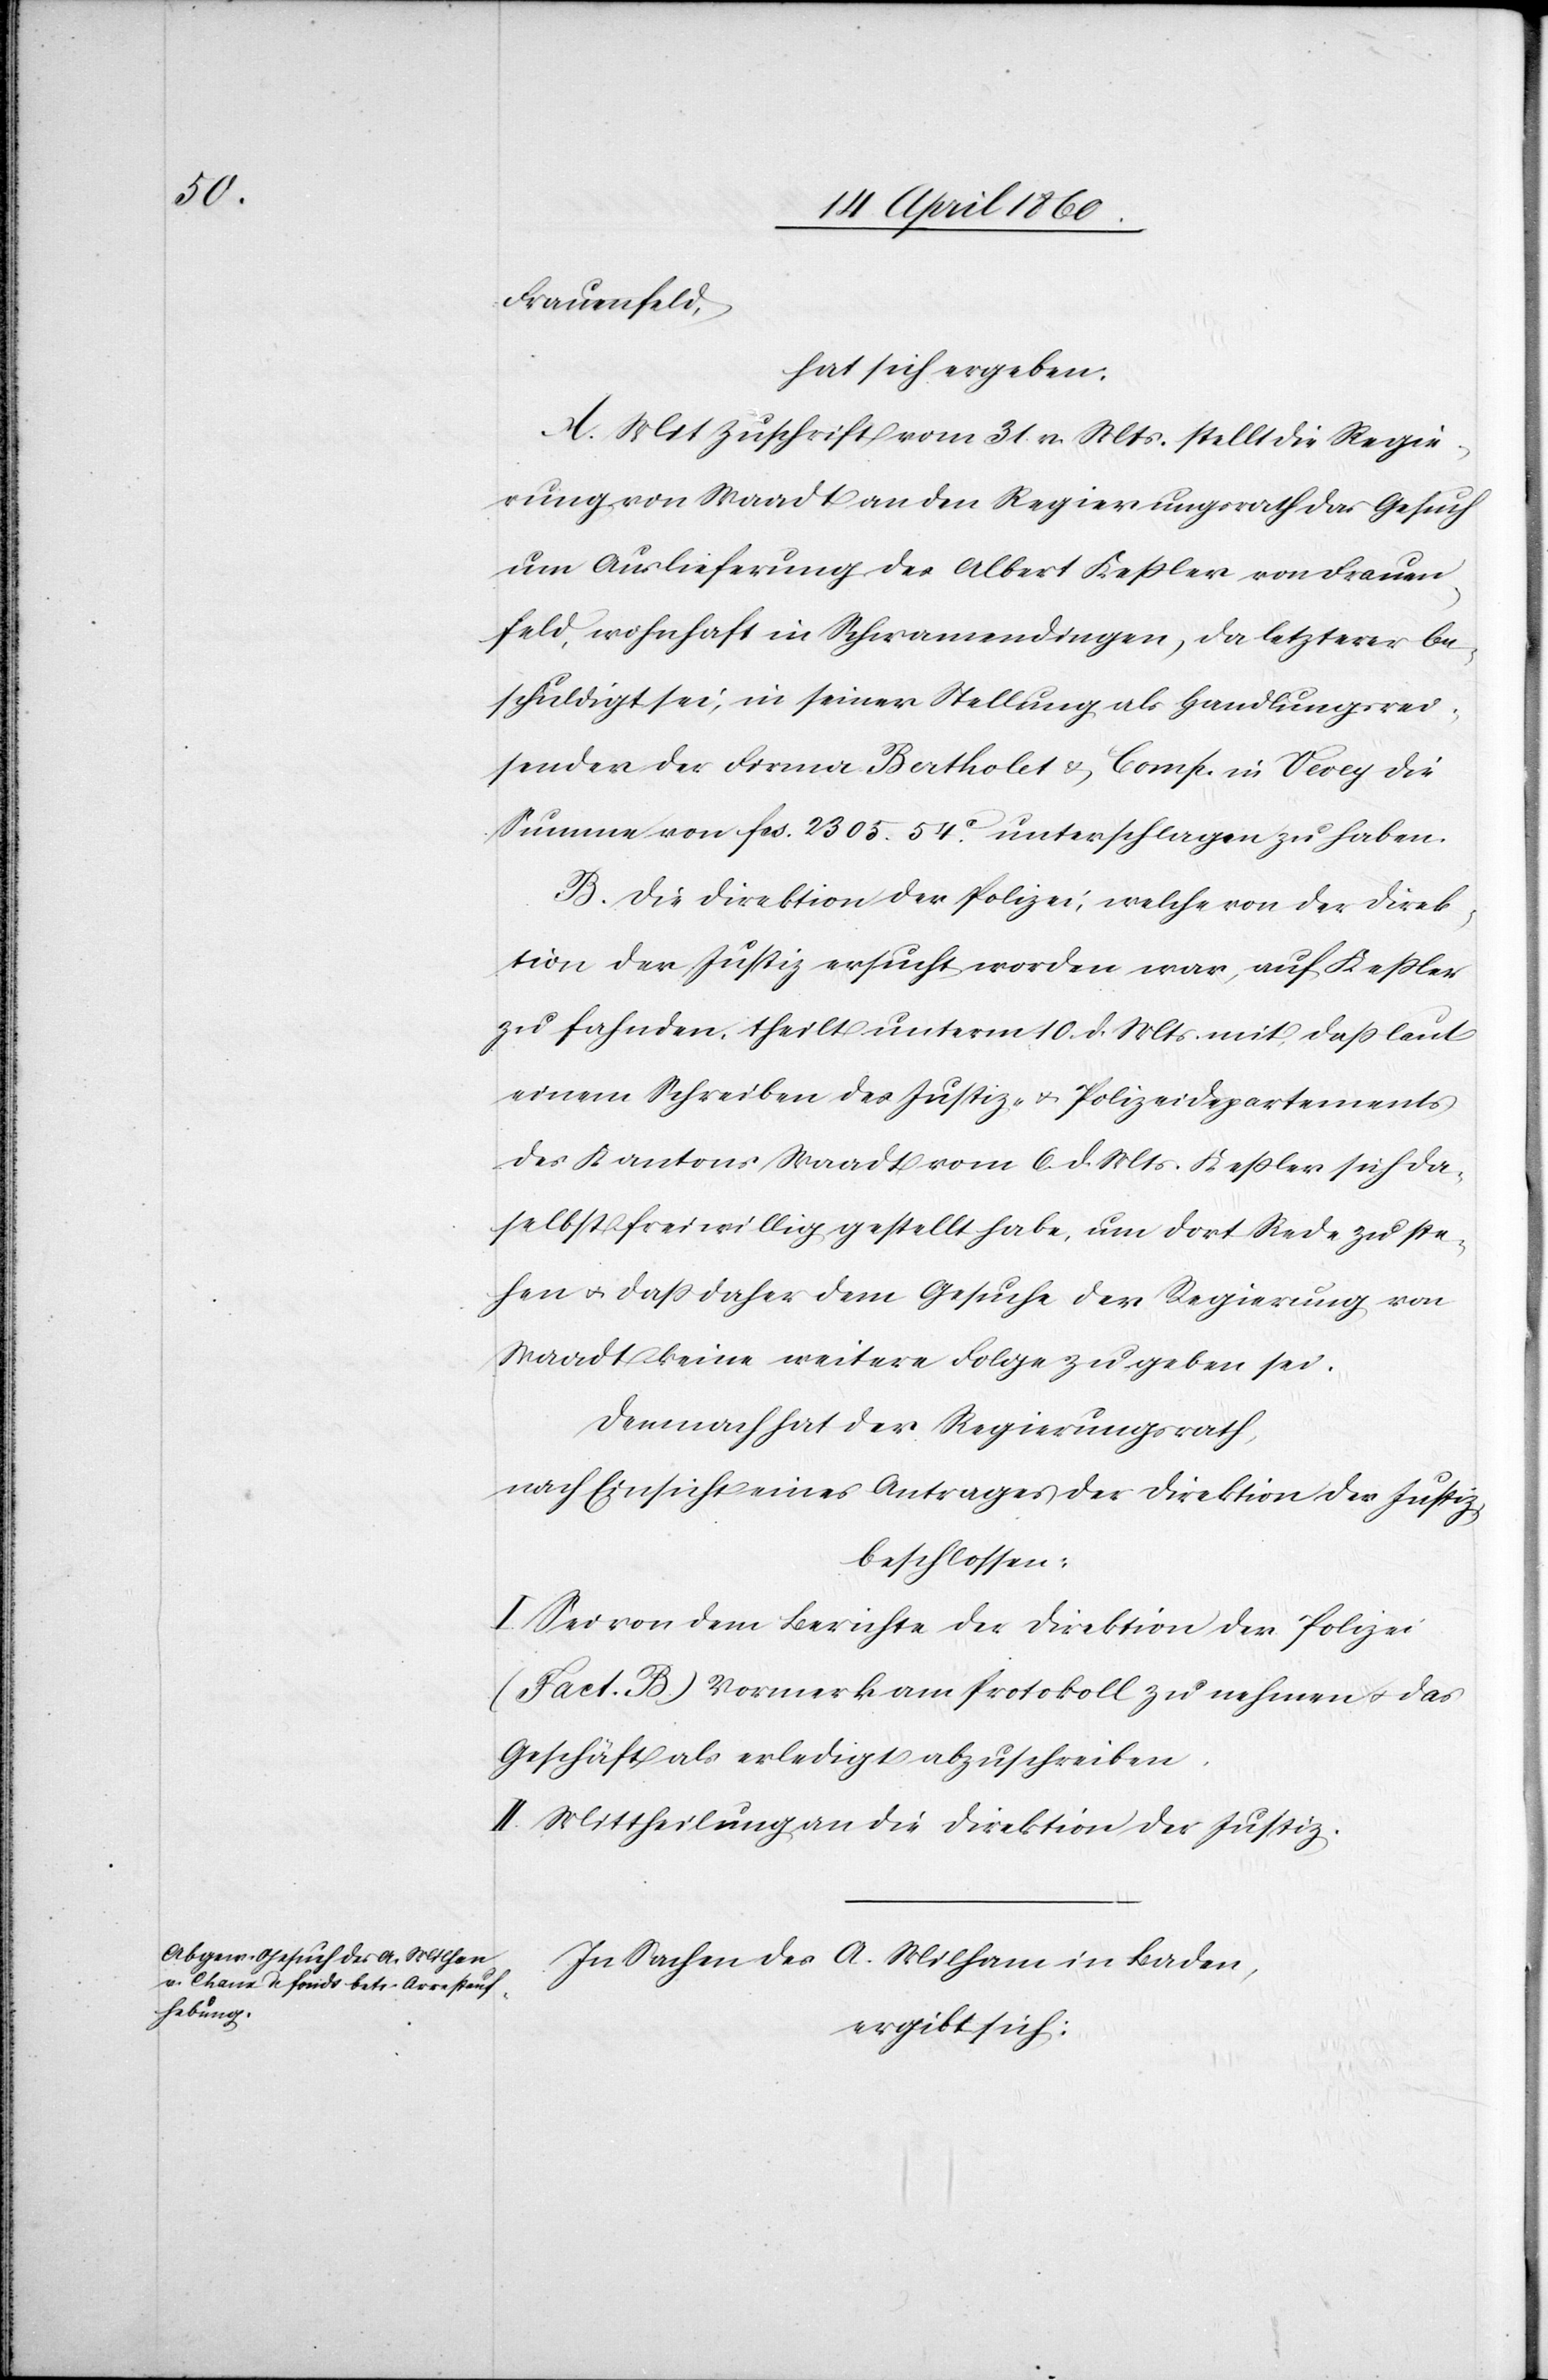
Frauenfeld,
hat sich ergeben:
A. Mit Zuschrift vom 31. v. Mts. stellt die Regie¬
rung von Waadt an den Regierungsrath das Gesuch
um Auslieferung des Albert Kessler von Frauen¬
feld, wohnhaft in Schwamendingen, da letzterer be¬
schuldigt sei, in seiner Stellung als Handlungsrei¬
sender der Firma Berthold u. Comp. in Vevey die
Summe von fcs. 2305. 54C unterschlagen zu haben.
B. Die Direktion der Polizei, welche von der Direk¬
tion der Justiz ersucht worden war, auf Kessler
zu fahnden, theilt unterm 10. d. Mts. mit, dass laut
einem Schreiben des Justiz- u. Polizeidepartements
des Kantons Waadt vom 6. d. Mts. Kessler sich da¬
selbst freiwillig gestellt habe, um dort Rede zu ste¬
hen u. dass daher dem Gesuche der Regierung von
Waadt keine weitere Folge zu geben sei.
Demnach hat der Regierungsrath,
nach Einsicht eines Antrages der Direktion der Justiz,
beschlossen:
I. Sei von dem Berichte der Direktion der Polizei
(Fact. B.) Vormerk am Protokoll zu nehmen u. das
Geschäft als erledigt abzuschreiben.
II. Mittheilung an die Direktion der Justiz.
In Sachen des A. Milham [sic!] in Baden,
ergibt sich: